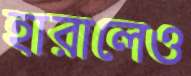
হারালেও